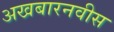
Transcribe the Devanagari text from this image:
अखबारनवीस